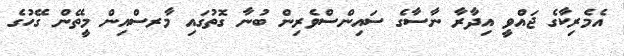
އެމެރިކާގެ ޖައްވީ އިދާރާ ނާސާގެ ސައިންސްވެރިން ބުނާ ގޮތުގައި މާރސްއިން މީތޭން ގޭހުގެ